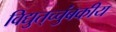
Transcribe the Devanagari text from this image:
विद्युत्‌च्चुंबकीय